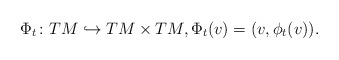
\begin{align*} \Phi_t\colon TM\hookrightarrow TM\times TM, \Phi_t(v)=(v,\phi_t(v)).\end{align*}